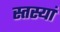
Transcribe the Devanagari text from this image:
स्तस्यां